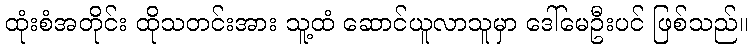
ထုံးစံအတိုင်း ထိုသတင်းအား သူ့ထံ ဆောင်ယူလာသူမှာ ဒေါ်မေဦးပင် ဖြစ်သည်။